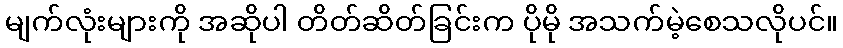
မျက်လုံးများကို အဆိုပါ တိတ်ဆိတ်ခြင်းက ပိုမို အသက်မဲ့စေသလိုပင်။